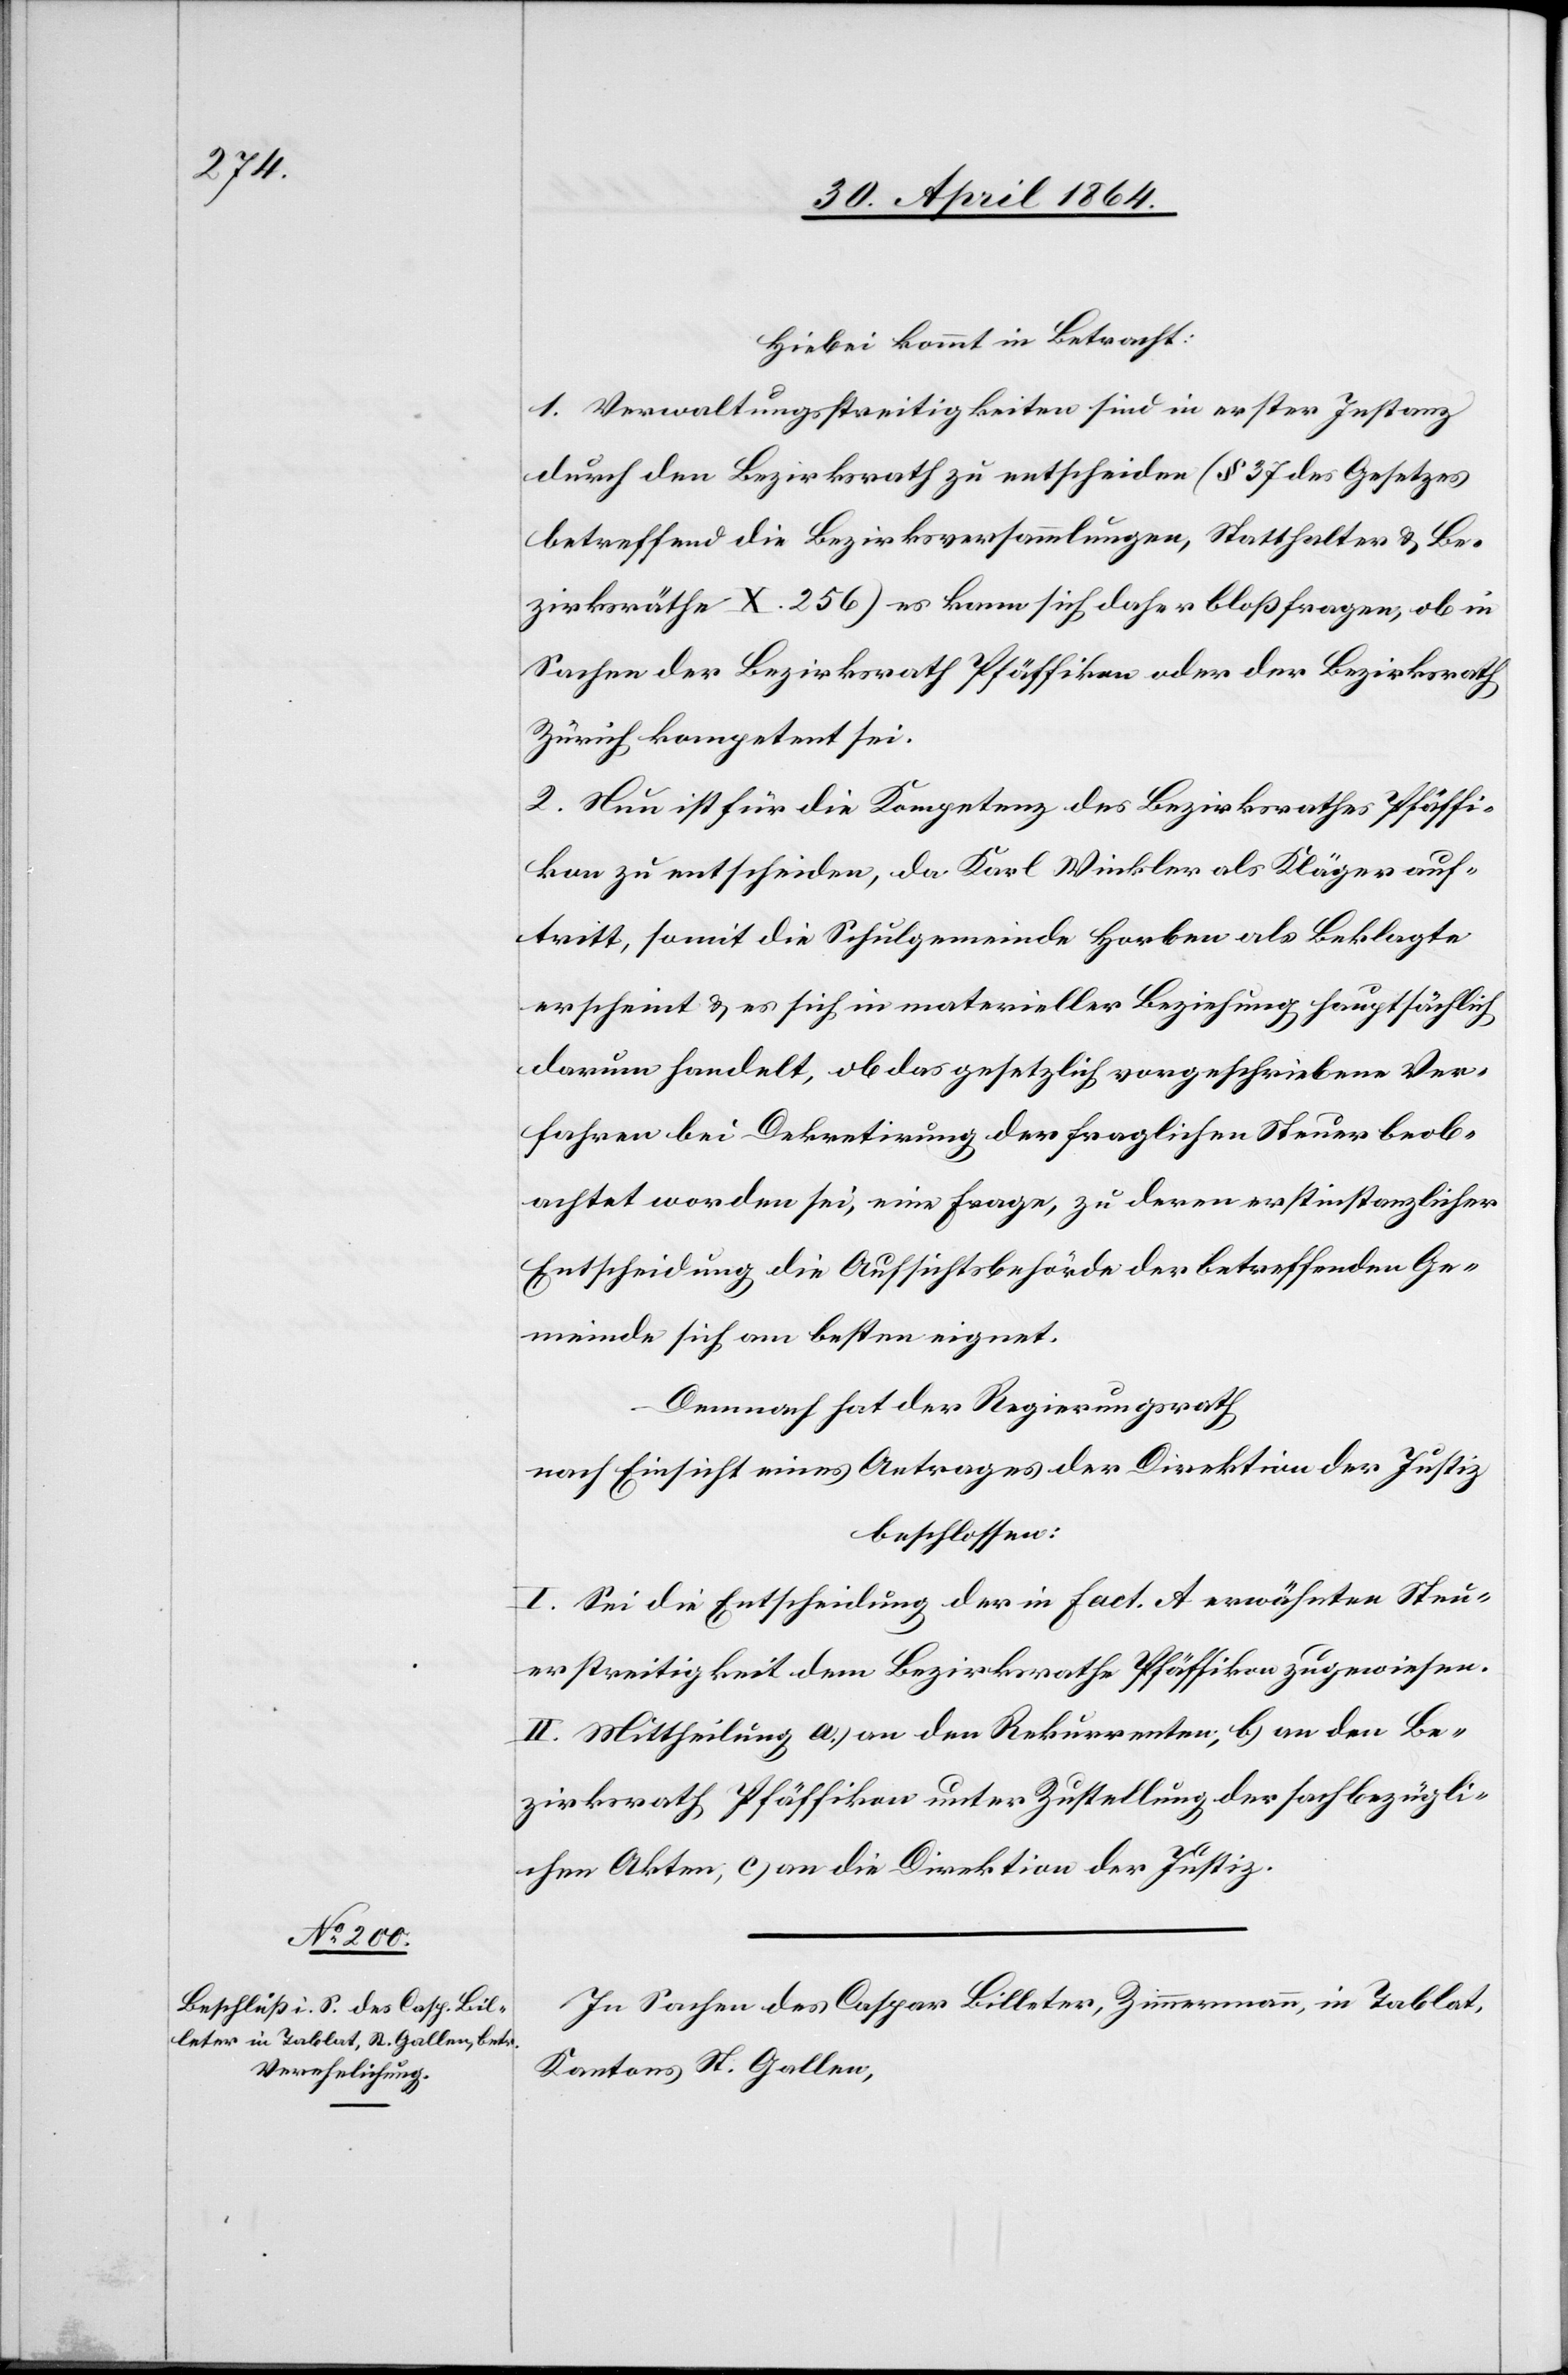
Hiebei kommt in Betracht:
1. Verwaltungsstreitigkeiten sind in erster Instanz
durch den Bezirksrath zu entscheiden (§ 37 des Gesetzes
betreffend die Bezirksversammlungen, Statthalter u. Be¬
zirksräthe X. 256) es kann sich daher bloß fragen, ob in
Sachen der Bezirksrath Pfäffikon oder der Bezirksrath
Zürich kompetent sei.
2. Nun ist für die Kompetenz des Bezirksrathes Pfäffi¬
kon zu entscheiden, da Karl Winkler als Kläger auf¬
tritt, somit die Schulgemeinde Horben als Beklagte
erscheint u. es sich in materieller Beziehung hauptsächlich
darum handelt, ob das gesetzlich vorgeschriebene Ver¬
fahren bei Dekretirung der fraglichen Steuer beob¬
achtet worden sei, eine Frage, zu deren erstinstanzlicher
Entscheidung die Aufsichtsbehörde der betreffenden Ge¬
meinde sich am besten eignet.
Demnach hat der Regierungsrath
nach Einsicht eines Antrages der Direktion der Justiz
beschlossen:
I. Sei die Entscheidung der in Fact. A erwähnten Steu¬
erstreitigkeit dem Bezirksrathe Pfäffikon zugewiesen.
II. Mittheilung a.) an den Rekurrenten; b) an den Be¬
zirksrath Pfäffikon unter Zustellung der sachbezügli¬
chen Akten, c.) an die Direktion der Justiz.
In Sachen des Caspar Billeter, Zimmermann, in Tablat,
Kantons St. Gallen,